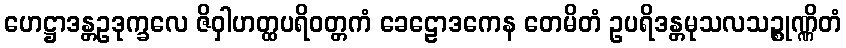
ဟေဋ္ဌာဒန္တဥဒုက္ခလေ ဇိဝှါဟတ္ထပရိဝတ္တကံ ခေဠောဒကေန တေမိတံ ဥပရိဒန္တမုသလသဉ္စုဏ္ဏိတံ